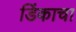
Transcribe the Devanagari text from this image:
डिंकाचा